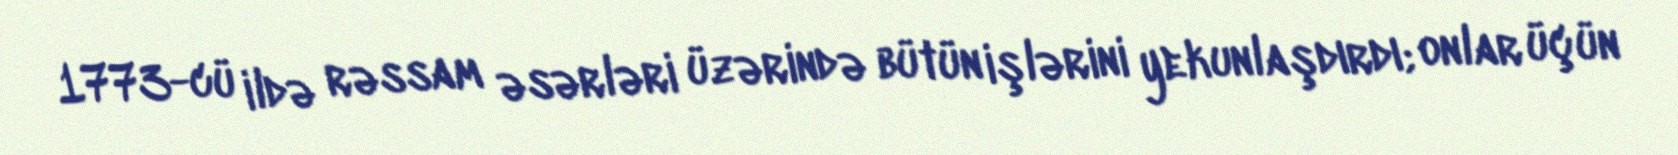
1773-cü ildə rəssam əsərləri üzərində bütün işlərini yekunlaşdırdı; onlar üçün